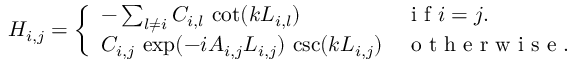
H _ { i , j } = \left\{ \begin{array} { l l } { - \sum _ { l \neq i } C _ { i , l } \ \mathrm { c o t } ( k L _ { i , l } ) } & { \mathrm { ~ i ~ f ~ } i = j . } \\ { C _ { i , j } \ \mathrm { e x p } ( - i A _ { i , j } L _ { i , j } ) \ \mathrm { c s c } ( k L _ { i , j } ) } & { \mathrm { ~ o ~ t ~ h ~ e ~ r ~ w ~ i ~ s ~ e ~ . ~ } } \end{array} \right.